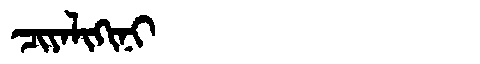
Manchu: ᠴᡳᠶᠠᠯᡳᡴᡳᠨᡳ
Romanization: CIYALIKINI